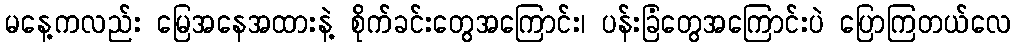
မနေ့ကလည်း မြေအနေအထားနဲ့ စိုက်ခင်းတွေအကြောင်း၊ ပန်းခြံတွေအကြောင်းပဲ ပြောကြတယ်လေ